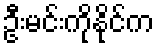
ဦးမင်းကိုနိုင်က